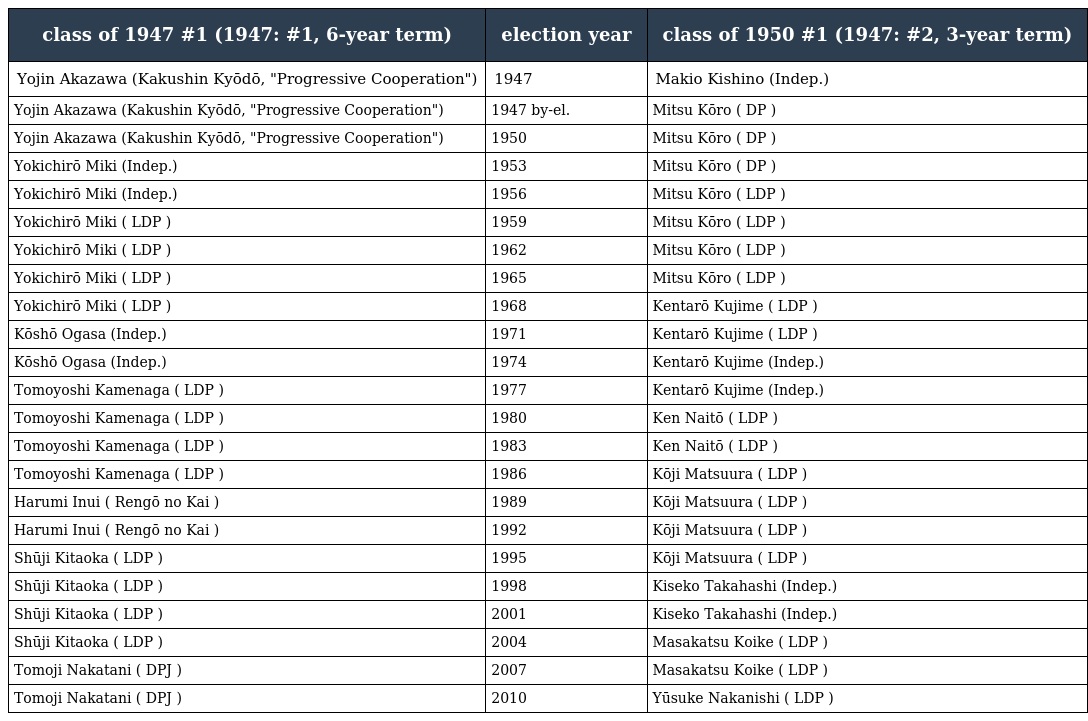
| class of 1947 #1 (1947: #1, 6-year term) | election year | class of 1950 #1 (1947: #2, 3-year term) |
 | --- | --- | --- |
 | Yojin Akazawa (Kakushin Kyōdō, "Progressive Cooperation") | 1947 | Makio Kishino (Indep.) |
 | Yojin Akazawa (Kakushin Kyōdō, "Progressive Cooperation") | 1947 by-el. | Mitsu Kōro ( DP ) |
 | Yojin Akazawa (Kakushin Kyōdō, "Progressive Cooperation") | 1950 | Mitsu Kōro ( DP ) |
 | Yokichirō Miki (Indep.) | 1953 | Mitsu Kōro ( DP ) |
 | Yokichirō Miki (Indep.) | 1956 | Mitsu Kōro ( LDP ) |
 | Yokichirō Miki ( LDP ) | 1959 | Mitsu Kōro ( LDP ) |
 | Yokichirō Miki ( LDP ) | 1962 | Mitsu Kōro ( LDP ) |
 | Yokichirō Miki ( LDP ) | 1965 | Mitsu Kōro ( LDP ) |
 | Yokichirō Miki ( LDP ) | 1968 | Kentarō Kujime ( LDP ) |
 | Kōshō Ogasa (Indep.) | 1971 | Kentarō Kujime ( LDP ) |
 | Kōshō Ogasa (Indep.) | 1974 | Kentarō Kujime (Indep.) |
 | Tomoyoshi Kamenaga ( LDP ) | 1977 | Kentarō Kujime (Indep.) |
 | Tomoyoshi Kamenaga ( LDP ) | 1980 | Ken Naitō ( LDP ) |
 | Tomoyoshi Kamenaga ( LDP ) | 1983 | Ken Naitō ( LDP ) |
 | Tomoyoshi Kamenaga ( LDP ) | 1986 | Kōji Matsuura ( LDP ) |
 | Harumi Inui ( Rengō no Kai ) | 1989 | Kōji Matsuura ( LDP ) |
 | Harumi Inui ( Rengō no Kai ) | 1992 | Kōji Matsuura ( LDP ) |
 | Shūji Kitaoka ( LDP ) | 1995 | Kōji Matsuura ( LDP ) |
 | Shūji Kitaoka ( LDP ) | 1998 | Kiseko Takahashi (Indep.) |
 | Shūji Kitaoka ( LDP ) | 2001 | Kiseko Takahashi (Indep.) |
 | Shūji Kitaoka ( LDP ) | 2004 | Masakatsu Koike ( LDP ) |
 | Tomoji Nakatani ( DPJ ) | 2007 | Masakatsu Koike ( LDP ) |
 | Tomoji Nakatani ( DPJ ) | 2010 | Yūsuke Nakanishi ( LDP ) |